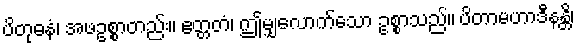
ပိတုဓနံ၊ အဖဥစ္စာတည်း။ ဧတ္တတံ၊ ဤမျှလောက်သော ဥစ္စာသည်။ ပိတာမဟာဒီနန္တိ၊